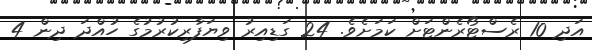
އަދި 10 ރެސްޓޯރެންޓަށް ކަމަށެވެ. 24 ގަޑިއިރު ވިޔަފާރިކުރުމުގެ ހުއްދަ ދިން 4